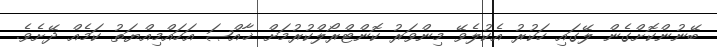
ބޭނުންކޮށްގެން ލޭގައި ހަކުރު އެކުލެވޭ މިންވަރު ކޮންޓްރޯލްކުރުމަށް ޚާއްޞަ އަހައްމިއްޔަތު ކަމެއް ދޭށެވެ.